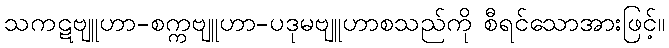
သကဋဗျူဟာ-စက္ကဗျူဟာ-ပဒုမဗျူဟာစသည်ကို စီရင်သောအားဖြင့်။